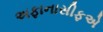
અફાનાસીફએ